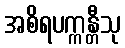
အစိရပက္ကန္တီသု